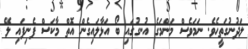
ލަދުނުގަތީހެވެ. ނަމަވެސް މަންމަގެ އުނގުގައި ބޯ އަޅާލައިގެން އޮތް މާކަސް ފެނިފައި ލޭ